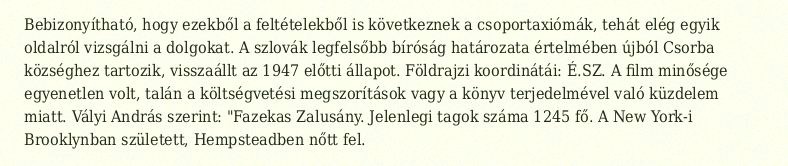
Bebizonyítható, hogy ezekből a feltételekből is következnek a csoportaxiómák, tehát elég egyik oldalról vizsgálni a dolgokat. A szlovák legfelsőbb bíróság határozata értelmében újból Csorba községhez tartozik, visszaállt az 1947 előtti állapot. Földrajzi koordinátái: É.SZ. A film minősége egyenetlen volt, talán a költségvetési megszorítások vagy a könyv terjedelmével való küzdelem miatt. Vályi András szerint: "Fazekas Zalusány. Jelenlegi tagok száma 1245 fő. A New York-i Brooklynban született, Hempsteadben nőtt fel.